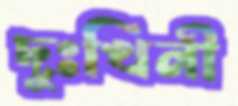
দুঃখিনী